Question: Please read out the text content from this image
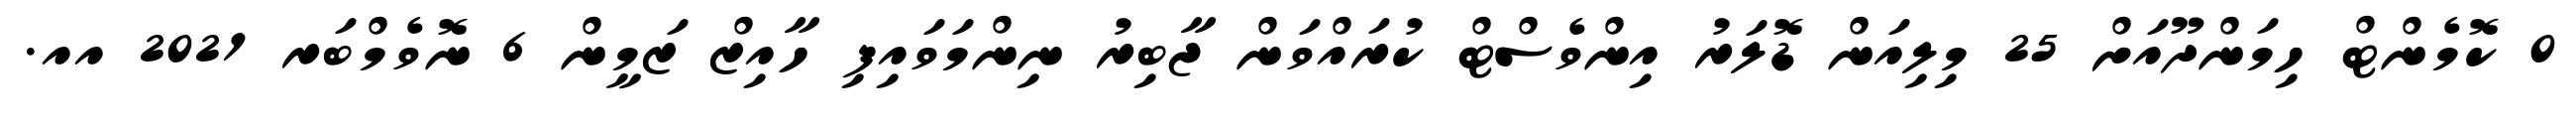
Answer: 0 ކޮމެންޓް ހިމަންދޫއަށް 25 މިލިއަން ޑޮލަރު އިންވެސްޓް ކުރައްވަން ޖާބިރު ނިންމަވައިފި ހާއިޒް ޒަމީން 6 ނޮވެމްބަރ 2021 އއ.